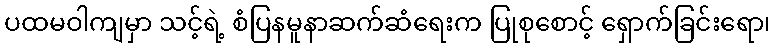
ပထမဝါကျမှာ သင့်ရဲ့ စံပြနမူနာဆက်ဆံရေးက ပြုစုစောင့် ရှောက်ခြင်းရော၊